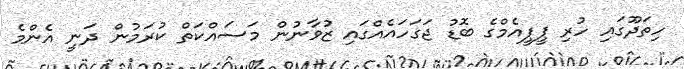
ހިތަދޫގައި ހުރި ޕީޕީއެމްގެ ބޮޑު ޖަގަހައެއްގައި ޒުވާނުން މަސައްކަތް ކުރަމުން ދަނީ އެންމެ